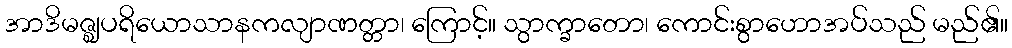
အာဒိမဇ္ဈပရိယောသာနကလျာဏတ္တာ၊ ကြောင့်။ သွာက္ခာတော၊ ကောင်းစွာဟောအပ်သည် မည်၏။